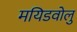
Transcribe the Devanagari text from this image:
मयिडवोलु